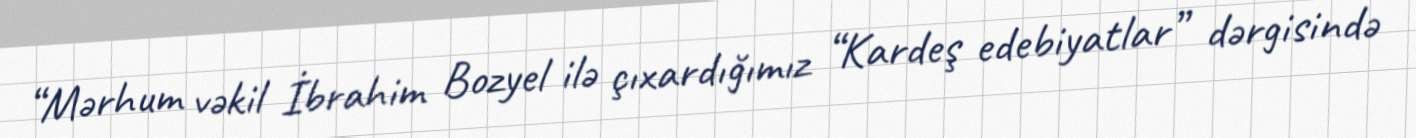
“Mərhum vəkil İbrahim Bozyel ilə çıxardığımız “Kardeş edebiyatlar” dərgisində